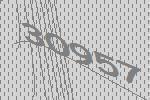
30957